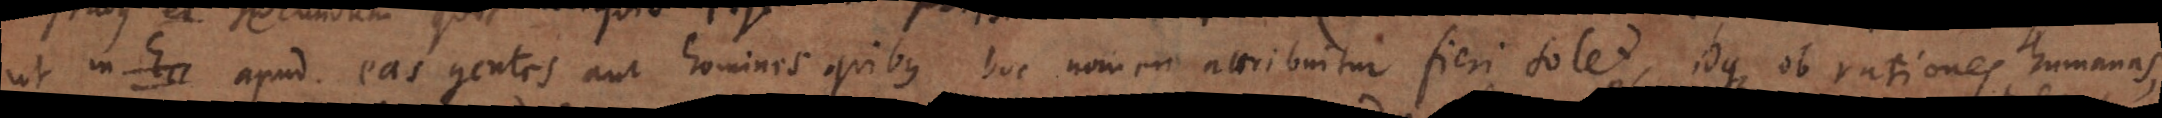
ut in Ecc apud eas gentes aut homines quibus hoc nomen attribuitur fieri solet, idque ob rationes humanas,